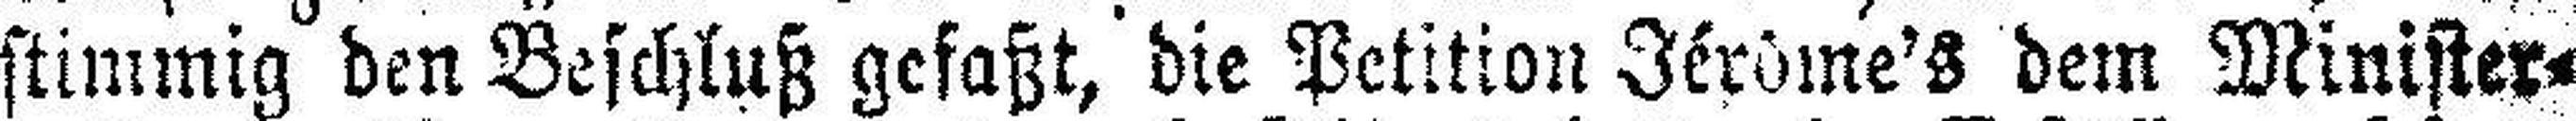
stimmig den Beschluß gefaßt, die Petition Jérôme's dem Minister¬